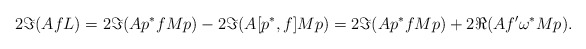
\begin{align*}2\Im(AfL) &= 2\Im(Ap^*fMp) - 2 \Im(A[p^*,f]Mp) = 2\Im(Ap^*fMp) + 2 \Re(Af' \omega^*Mp).\end{align*}